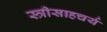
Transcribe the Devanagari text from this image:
स्त्रीसाहचर्य